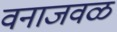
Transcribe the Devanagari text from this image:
वनाजवळ